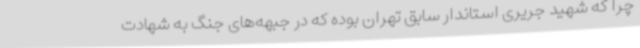
چرا که شهید جریری استاندار سابق تهران بوده که در جبهه‌های جنگ به شهادت